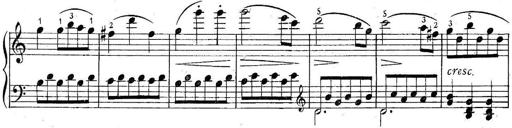
Title: 6 Easy Sonatinas
Composer: Carl Czerny